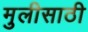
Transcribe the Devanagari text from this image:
मुलीसाठी